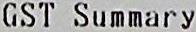
GST SUMMARY